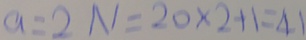
a = 2 N = 2 0 \times 2 + 1 = 4 1